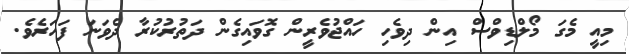
މިއީ މެގަ މޯލްޑިވްސް އިން ދިވެހި ހައްޖުވެރީން ގޮވައިގެން ދަތުރުކުރާ ދެވަނަ ފަހަރެވެ.